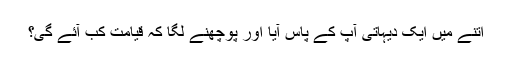
اتنے میں ایک دیہاتی آپ کے پاس آیا اور پوچھنے لگا کہ قیامت کب آئے گی؟